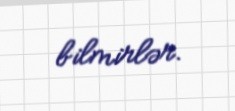
bilmirlər.